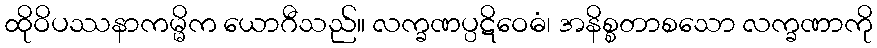
ထိုဝိပဿနာကမ္မိက ယောဂီသည်။ လက္ခဏပ္ပဋိဝေဓံ၊ အနိစ္စတာစသော လက္ခဏာကို